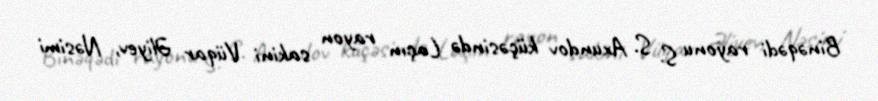
Binəqədi rayonu S. S. Axundov küçəsində Laçın rayon sakini Vüqar Əliyev, Nəsimi